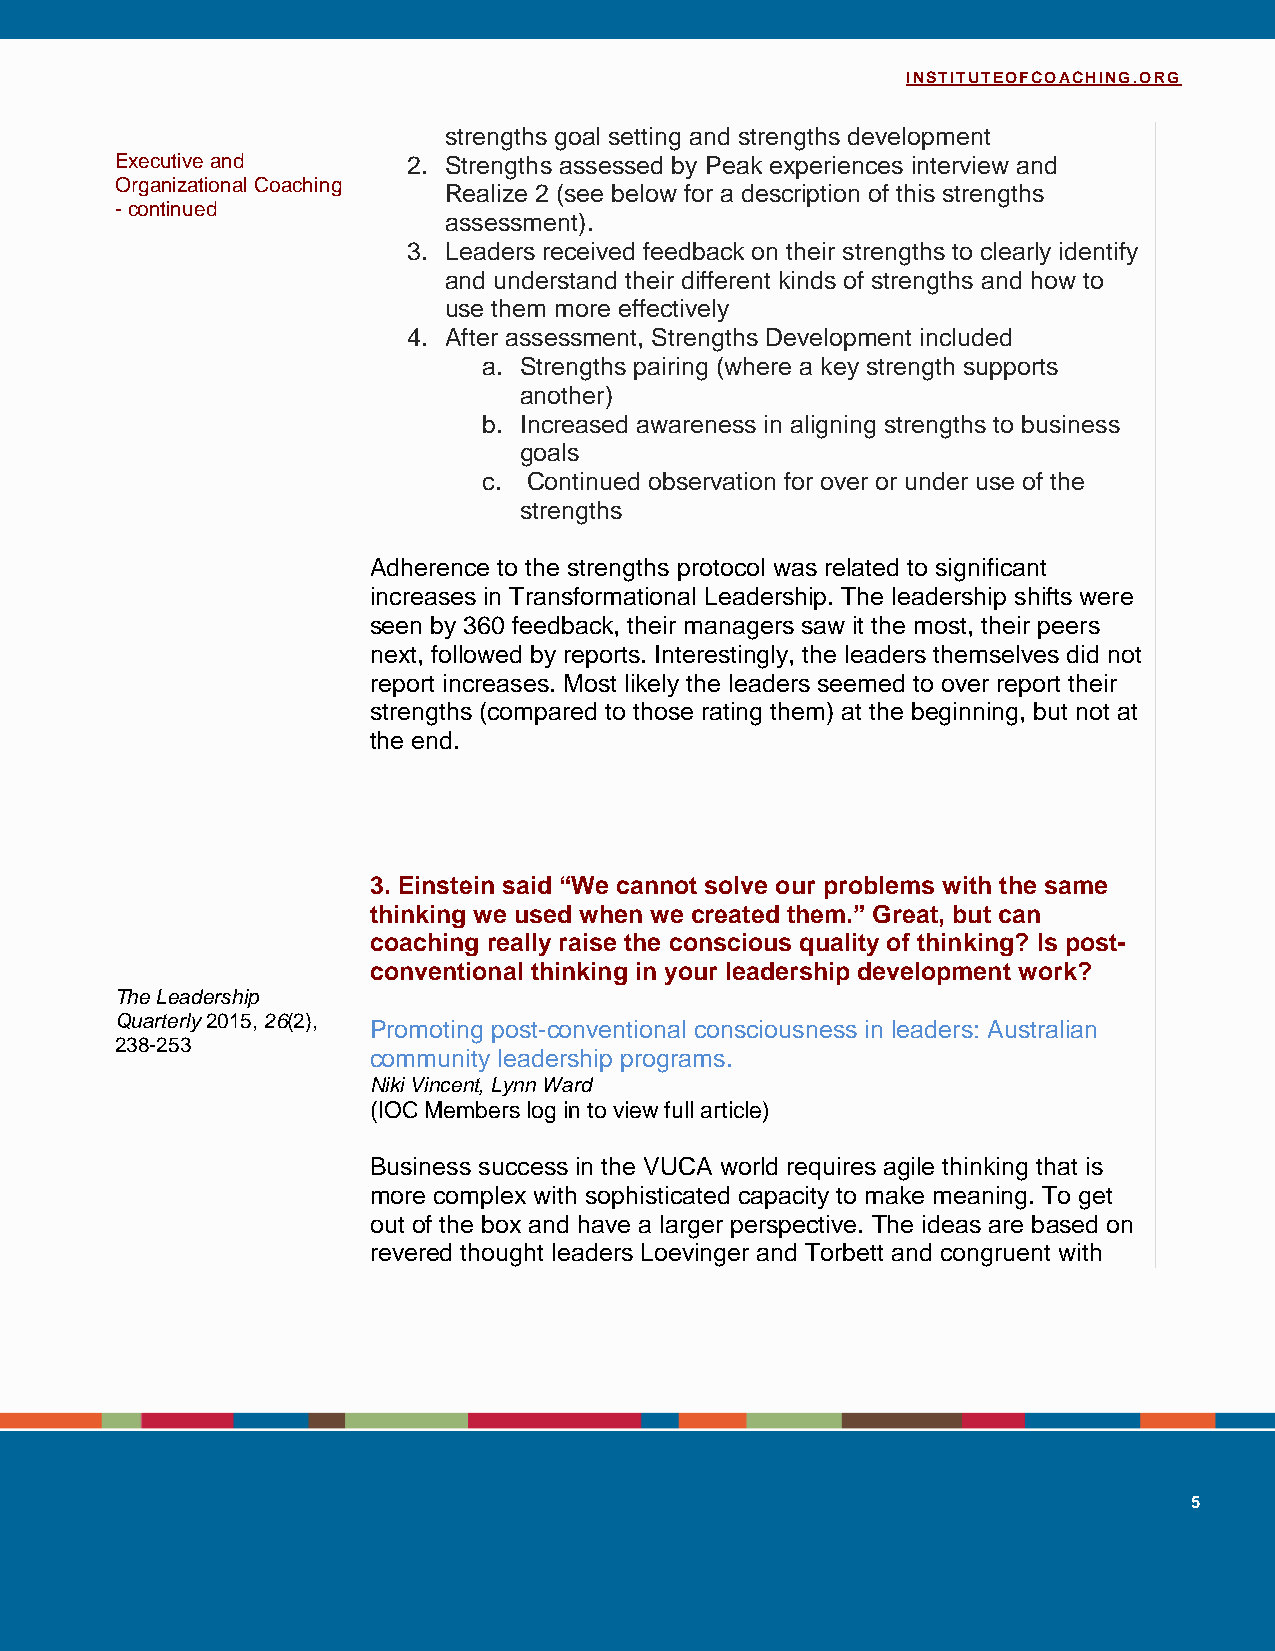
INSTITUTEOFCOACHING.ORG
 strengths goal setting and strengths development
 Executive and      2. Strengths assessed by Peak experiences interview and
 Organizational Coaching
 Realize 2 (see below for a description of this strengths
 - continued
 assessment).
 3. Leaders received feedback on their strengths to clearly identify
 and understand their different kinds of strengths and how to
 use them more effectively
 4. After assessment, Strengths Development included
 a. Strengths pairing (where a key strength supports
 another)
 b. Increased awareness in aligning strengths to business
 goals
 c. Continued observation for over or under use of the
 strengths
 Adherence to the strengths protocol was related to significant
 increases in Transformational Leadership. The leadership shifts were
 seen by 360 feedback, their managers saw it the most, their peers
 next, followed by reports. Interestingly, the leaders themselves did not
 report increases. Most likely the leaders seemed to over report their
 strengths (compared to those rating them) at the beginning, but not at
 the end.
 3. Einstein said “We cannot solve our problems with the same
 thinking we used when we created them.” Great, but can
 coaching really raise the conscious quality of thinking? Is post-
 conventional thinking in your leadership development work?
 The Leadership
 Quarterly 2015, 26(2),
 Promoting post-conventional consciousness in leaders: Australian
 238-253
 community leadership programs.
 Niki Vincent, Lynn Ward
 (IOC Members log in to view full article)
 Business success in the VUCA world requires agile thinking that is
 more complex with sophisticated capacity to make meaning. To get
 out of the box and have a larger perspective. The ideas are based on
 revered thought leaders Loevinger and Torbett and congruent with
 5